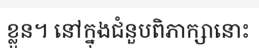
ខ្លួន។ នៅក្នុងជំនួបពិភាក្សានោះ